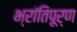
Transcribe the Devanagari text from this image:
भ्रांतिपूर्ण